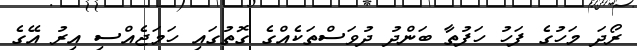
ރޯދަ މަހުގެ ފަހު ހަފުތާ ބަންދު ދުވަސްތަކެއްގެ ގޮތުގައި ހަމަޖެއްސި އިރު އޭގެ